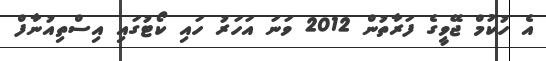
އެ ހުކުމް ޖޭވީގެ ފަރާތުން 2012 ވަނަ އަހަރު ހައި ކޯޓުގައި އިސްތިއުނާފް